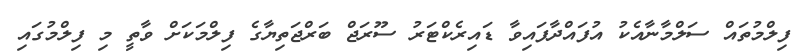
ފިލްމުތައް ސަލްމާނާއެކު އުފައްދާފައިވާ ޑައިރެކްޓަރު ސޫރަޖް ބަރްޖަތިޔާގެ ފިލްމަކަށް ވާތީ މި ފިލްމުގައި